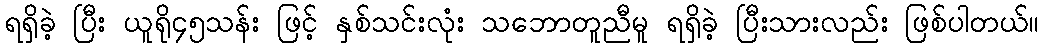
ရရှိခဲ့ ပြီး ယူရို၄၅သန်း ဖြင့် နှစ်သင်းလုံး သဘောတူညီမူ ရရှိခဲ့ ပြီးသားလည်း ဖြစ်ပါတယ်။